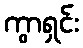
ကွာရှင်း